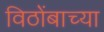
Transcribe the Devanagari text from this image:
विठोंबाच्या